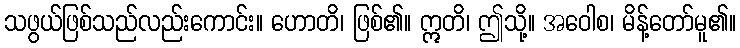
သဖွယ်ဖြစ်သည်လည်းကောင်း။ ဟောတိ၊ ဖြစ်၏။ ဣတိ၊ ဤသို့။ အဝေါစ၊ မိန့်တော်မူ၏။